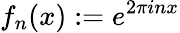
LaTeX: f_{n}(x):=e^{2\pi inx}